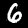
Digit: 6